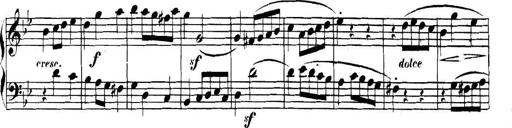
Title: Collected Piano Sonatas
Composer: Muzio Clementi